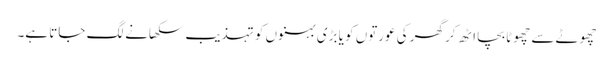
چھوٹے سے چھوٹا بچا اٹھ کر گھر کی عورتوں کو یا بڑی بہنوں کو تہذیب سکھانے لگ جاتا ہے۔